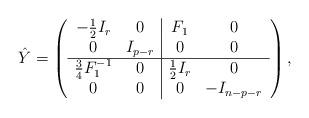
LaTeX: \begin{align*}\hat Y=\left(\begin{array}{cc|cc} -\textstyle\frac{1}{2}I_r & 0 & F_1 & 0\\0 & I_{p-r} & 0 & 0\\\hline\textstyle\frac{3}{4} F_1^{-1} & 0 & \textstyle\frac{1}{2}I_r & 0\\0 & 0 & 0 & -I_{n-p-r}\\\end{array}\right),\end{align*}